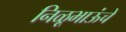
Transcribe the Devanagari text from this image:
निळूभाऊंचे